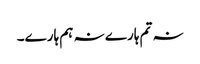
نہ تم ہارے نہ ہم ہارے۔